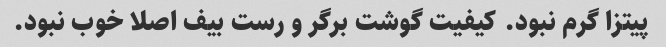
پیتزا گرم نبود. کیفیت گوشت برگر و رست بیف اصلا خوب نبود.